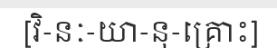
[វិ-នៈ-យា-នុ-គ្រោះ]